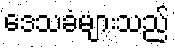
ဒေသခံများသည်